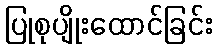
ပြုစုပျိုးထောင်ခြင်း